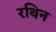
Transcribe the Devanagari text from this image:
रथिन